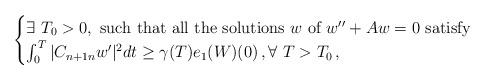
LaTeX: \begin{align*}\begin{cases}\exists \ T_{0}>0,\mbox{ such that all the solutions } w \mbox{ of }w'' + A w = 0 \mbox{ satisfy} \\\int_0^T |C_{n+1 n}w^{\prime}|^2 dt \geq \gamma(T)e_1(W)(0)\,, \forall \ T>T_{0} \,,\end{cases}\end{align*}